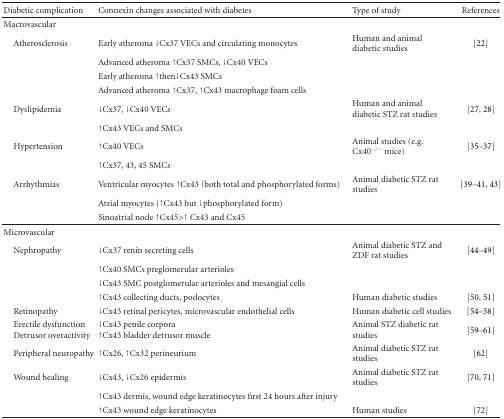
<table><thead><tr><td><b>Diabetic complication</b></td><td><b>Connexin changes associated with diabetes</b></td><td><b>Type of study</b></td><td><b>References</b></td></tr></thead><tbody><tr><td>Macrovascular</td><td></td><td></td><td></td></tr><tr><td> Atherosclerosis</td><td>Early atheroma <b>↓</b>Cx37 VECs and circulating monocytes</td><td>Human and animal diabetic studies</td><td>[22]</td></tr><tr><td></td><td>Advanced atheroma <b>↑</b>Cx37 SMCs, ↓Cx40 VECs</td><td></td><td></td></tr><tr><td></td><td>Early atheroma <b>↑</b>then↓Cx43 SMCs</td><td></td><td></td></tr><tr><td></td><td>Advanced atheroma <b>↑</b>Cx37, <b>↑</b>Cx43 macrophage foam cells</td><td></td><td></td></tr><tr><td> Dyslipidemia</td><td>↓Cx37, ↓Cx40 VECs</td><td>Human and animal diabetic STZ rat studies</td><td>[27, 28]</td></tr><tr><td></td><td><b>↑</b>Cx43 VECs and SMCs</td><td></td><td></td></tr><tr><td> Hypertension</td><td><b>↑</b>Cx40 VECs</td><td>Animal studies (e.g. Cx40<sup>−/−</sup> mice)</td><td>[35–37]</td></tr><tr><td></td><td><b>↑</b>Cx37, 43, 45 SMCs</td><td></td><td></td></tr><tr><td> Arrhythmias</td><td>Ventricular myocytes <b>↑</b>Cx43 (both total and phosphorylated forms)</td><td>Animal diabetic STZ rat studies</td><td>[39–41, 43]</td></tr><tr><td></td><td>Atrial myocytes (<b>↑</b>Cx43 but ↓phosphorylated form)</td><td></td><td></td></tr><tr><td></td><td>Sinoatrial node <b>↑</b>Cx45&gt;<b>↑</b>Cx43 and Cx45</td><td></td><td></td></tr><tr><td>Microvascular</td><td></td><td></td><td></td></tr><tr><td> Nephropathy</td><td>↓Cx37 renin secreting cells</td><td>Animal diabetic STZ and ZDF rat studies</td><td>[44–49]</td></tr><tr><td></td><td><b>↑</b>Cx40 SMCs preglomerular arterioles</td><td></td><td></td></tr><tr><td></td><td>↓Cx43 SMC postglomerular arterioles and mesangial cells</td><td></td><td></td></tr><tr><td></td><td><b>↑</b>Cx43 collecting ducts, podocytes</td><td>Human diabetic studies</td><td>[50, 51]</td></tr><tr><td> Retinopathy</td><td>↓Cx43 retinal pericytes, microvascular endothelial cells</td><td>Human diabetic cell studies</td><td>[54–58]</td></tr><tr><td> Erectile dysfunctionDetrusor overactivity</td><td>↓Cx43 penile corpora<b>↑</b>Cx43 bladder detrusor muscle</td><td>Animal STZ diabetic rat studies</td><td>[59–61]</td></tr><tr><td> Peripheral neuropathy</td><td><b>↑</b>Cx26, <b>↑</b>Cx32 perineurium</td><td>Animal diabetic STZ rat studies</td><td>[62]</td></tr><tr><td> Wound healing</td><td>↓Cx43, ↓Cx26 epidermis</td><td>Animal diabetic STZ rat studies</td><td>[70, 71]</td></tr><tr><td></td><td><b>↑</b>Cx43 dermis, wound edge keratinocytes first 24 hours after injury</td><td></td><td></td></tr><tr><td></td><td><b>↑</b>Cx43 wound edge keratinocytes</td><td>Human studies</td><td>[72]</td></tr></tbody></table>